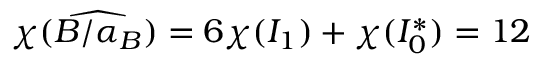
\chi ( \widehat { B / \alpha _ { B } } ) = 6 \chi ( I _ { 1 } ) + \chi ( I _ { 0 } ^ { * } ) = 1 2